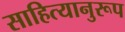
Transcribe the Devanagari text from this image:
साहित्यानुरूप